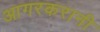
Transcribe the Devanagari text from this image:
आगरकरानी